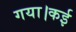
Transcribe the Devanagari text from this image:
गया।कई